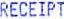
RECEIPT